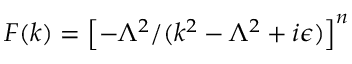
F ( k ) = \left[ - \Lambda ^ { 2 } / ( k ^ { 2 } - \Lambda ^ { 2 } + i \epsilon ) \right] ^ { n }